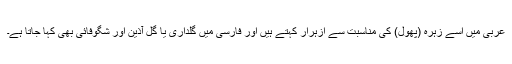
عربی میں اسے زہرہ (پھول) کی مناسبت سے ازہرار کہتے ہیں اور فارسی میں گلداری یا گل آذین اور شگوفائی بھی کہا جاتا ہے۔